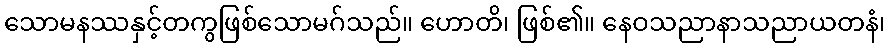
သောမနဿနှင့်တကွဖြစ်သောမဂ်သည်။ ဟောတိ၊ ဖြစ်၏။ နေဝသညာနာသညာယတနံ၊